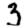
Digit: 3